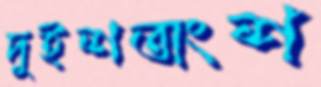
দুইশতাংশ